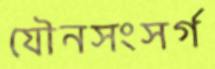
যৌনসংসর্গ